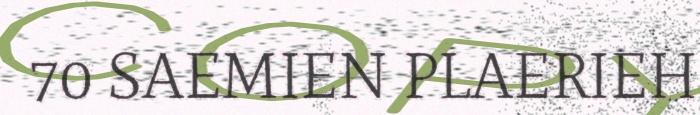
70 SAEMIEN PLAERIEH